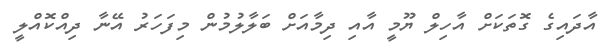
އާދައިގެ ގޮތަކަށް އާހިލް ޔޫމީ އާއި ދިމާއަށް ބަލާލުމުން މިފަހަރު އޭނާ ދިއްކޮއްލީ